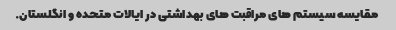
مقایسه سیستم های مراقبت های بهداشتی در ایالات متحده و انگلستان.